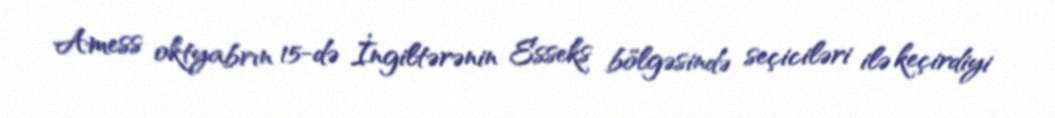
Amess oktyabrın 15-də İngiltərənin Esseks bölgəsində seçiciləri ilə keçirdiyi